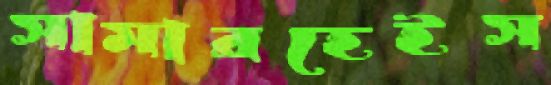
সামারহেইস